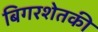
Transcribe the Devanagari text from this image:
बिगरशेतकी